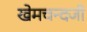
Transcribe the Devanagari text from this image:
खेमचन्दजी